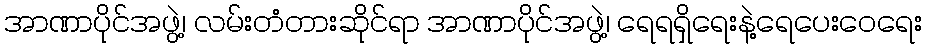
အာဏာပိုင်အဖွဲ့၊ လမ်းတံတားဆိုင်ရာ အာဏာပိုင်အဖွဲ့၊ ရေရရှိရေးနဲ့ရေပေးဝေရေး